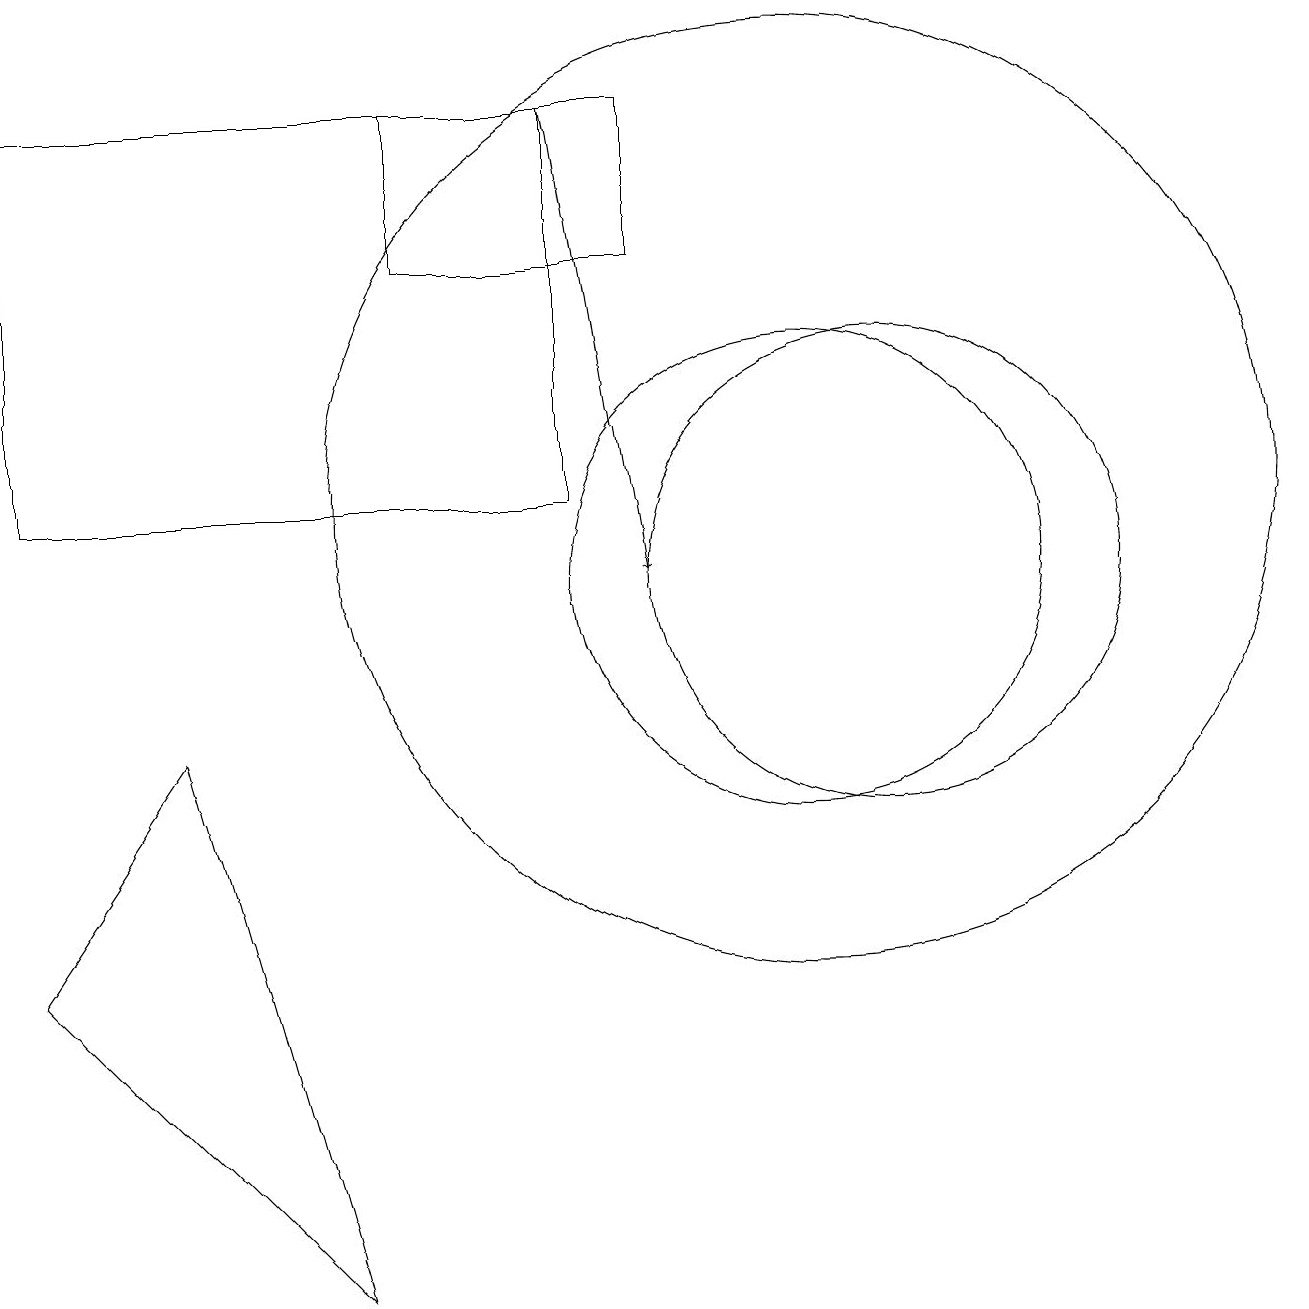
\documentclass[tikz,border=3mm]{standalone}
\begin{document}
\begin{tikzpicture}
\draw (10,10) circle (3);
\draw (7,11) rectangle (0,16);
\draw (5,14) rectangle (8,16);
\draw (11,10) circle (3);
\draw (10,11) circle (6);
\draw (4,1) -- (2,8) -- (0,5) -- cycle;
\draw[->] (7,16) -- (8,10);
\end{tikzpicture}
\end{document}